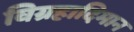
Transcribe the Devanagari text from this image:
विग्रहादिमान